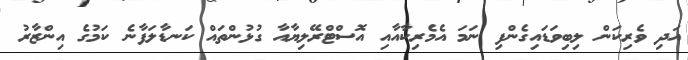
އަދި ވެރިކަން ލިބިވަޑައިގެންފި ނަމަ އެމެރިކާއާއި އޮސްޓްރޭލިޔާއާ ގުޅުންތައް ކަނޑާލަފާނެ ކަމުގެ އިންޒާރު